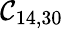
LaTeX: \mathcal{C}_{14,30}